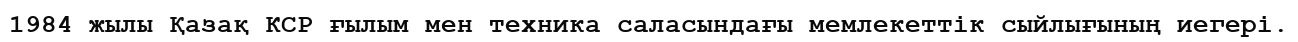
1984 жылы Қазақ КСР ғылым мен техника саласындағы мемлекеттік сыйлығының иегері.